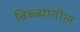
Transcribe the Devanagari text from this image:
बिब्ब्यातील